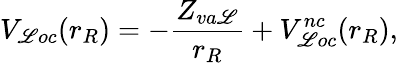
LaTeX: V_{\mathscr{L}oc}(r_{R})=-\frac{{Z_{va\mathscr{L}}}}{{r_{R}}}+V_{\mathscr{L}oc}^{nc}(r_{R}),